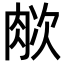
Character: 𬚺